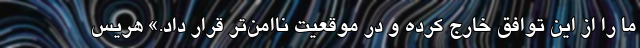
ما را از این توافق خارج کرده و در موقعیت ناامن‌تر قرار داد.» هریس